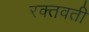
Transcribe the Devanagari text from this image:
रक्तवती